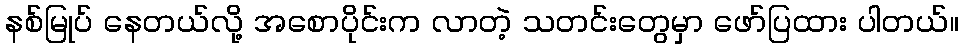
နစ်မြုပ် နေတယ်လို့ အစောပိုင်းက လာတဲ့ သတင်းတွေမှာ ဖော်ပြထား ပါတယ်။